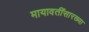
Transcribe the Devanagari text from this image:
मायावतींसारख्या